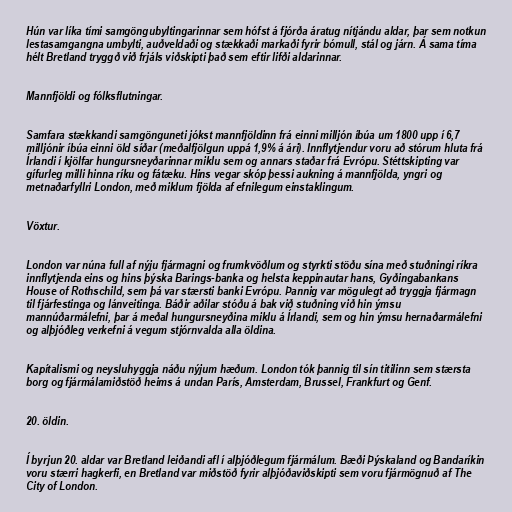
Hún var líka tími samgöngubyltingarinnar sem hófst á fjórða áratug nítjándu aldar, þar sem notkun
lestasamgangna umbylti, auðveldaði og stækkaði markaði fyrir bómull, stál og járn. Á sama tíma
hélt Bretland tryggð við frjáls viðskipti það sem eftir lifði aldarinnar.

Mannfjöldi og fólksflutningar.

Samfara stækkandi samgönguneti jókst mannfjöldinn frá einni milljón íbúa um 1800 upp í 6,7
milljónir íbúa einni öld síðar (meðalfjölgun uppá 1,9% á ári). Innflytjendur voru að stórum hluta frá
Írlandi í kjölfar hungursneyðarinnar miklu sem og annars staðar frá Evrópu. Stéttskipting var
gífurleg milli hinna ríku og fátæku. Hins vegar skóp þessi aukning á mannfjölda, yngri og
metnaðarfyllri London, með miklum fjölda af efnilegum einstaklingum.

Vöxtur.

London var núna full af nýju fjármagni og frumkvöðlum og styrkti stöðu sína með stuðningi ríkra
innflytjenda eins og hins þýska Barings-banka og helsta keppinautar hans, Gyðingabankans
House of Rothschild, sem þá var stærsti banki Evrópu. Þannig var mögulegt að tryggja fjármagn
til fjárfestinga og lánveitinga. Báðir aðilar stóðu á bak við stuðning við hin ýmsu
mannúðarmálefni, þar á meðal hungursneyðina miklu á Írlandi, sem og hin ýmsu hernaðarmálefni
og alþjóðleg verkefni á vegum stjórnvalda alla öldina.

Kapítalismi og neysluhyggja náðu nýjum hæðum. London tók þannig til sín titilinn sem stærsta
borg og fjármálamiðstöð heims á undan París, Amsterdam, Brussel, Frankfurt og Genf.

20. öldin.

Í byrjun 20. aldar var Bretland leiðandi afl í alþjóðlegum fjármálum. Bæði Þýskaland og Bandaríkin
voru stærri hagkerfi, en Bretland var miðstöð fyrir alþjóðaviðskipti sem voru fjármögnuð af The
City of London.